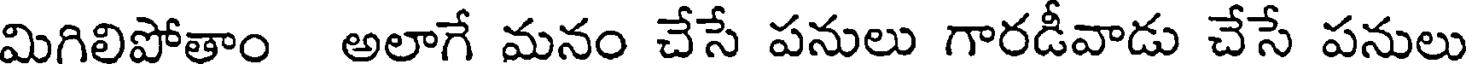
మిగిలిపోతాం అలాగే మనం చేసే పనులు గారడీవాడు చేసే పనులు